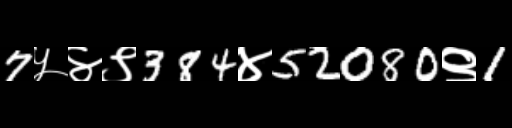
Text: 7५४९384४52080९1